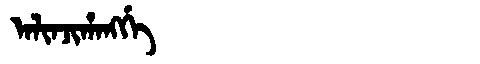
Manchu: ᠠᠯᡳᠨᠵᡳᡥᠠᠩᡤᡝ
Romanization: ALINJIHANGGE